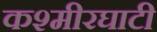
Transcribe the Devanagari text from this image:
कश्मीरघाटी